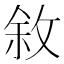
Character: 敘